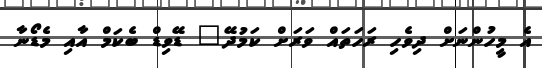
އެ މީހުންނަށް ދިވެހި ރަހަތައް ވަރަށް ކަމުދޭ" ޑޭވިޑް ބެކަމް އާއި މެޑޯނާ